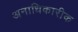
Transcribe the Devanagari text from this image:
अनाधिकारीक